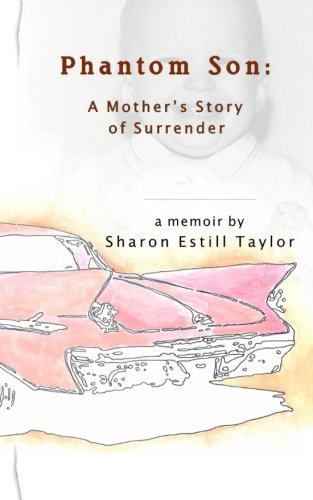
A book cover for Phantom Son: A Mother's Story of Surrender; Sharon Estill Taylor; Parenting & Relationships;